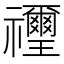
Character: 𥜬